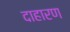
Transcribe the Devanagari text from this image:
दाहारण